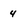
Character: 4